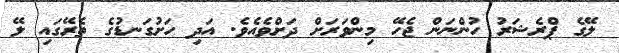
ލޭގެ ޕްރެޝަރު ހުންނަން ޖެހޭ މިންވަރަށް ދަށްވެއެވެ. އަދި ހަށުގަނޑުގެ ތެރޭގައި ލޭ